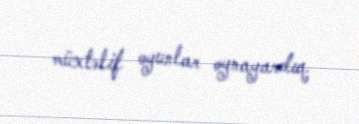
müxtəlif oyunlar oynayardıq.